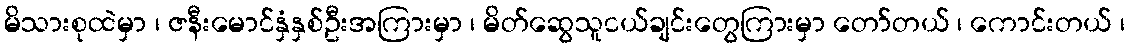
မိသားစုထဲမှာ ၊ ဇနီးမောင်နှံနှစ်ဦးအကြားမှာ ၊ မိတ်ဆွေသူငယ်ချင်းတွေကြားမှာ တော်တယ် ၊ ကောင်းတယ် ၊